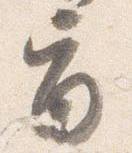
旨